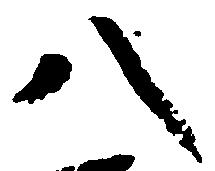
八